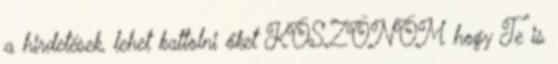
a hirdetések, lehet kattolni őket KÖSZÖNÖM hogy Te is